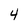
Character: 4